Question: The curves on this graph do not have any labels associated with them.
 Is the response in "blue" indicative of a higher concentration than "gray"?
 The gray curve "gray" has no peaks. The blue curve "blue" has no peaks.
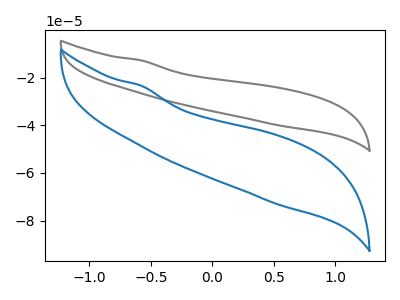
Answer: <think>Neither "blue" or "gray" have any peaks.
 </think>
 <answer>I cant tell if "blue" or "gray" has more signal.</answer>
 <eval>mixed_signal</eval>